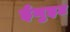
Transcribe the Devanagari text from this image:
ईनुइट